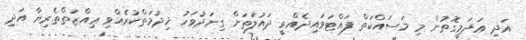
އަދި ޢަދަމީގޮތުން މި މަސައްކަތް ފައްޓަވައިދެއްވީ ދައުލަތަށް ގިނަދުވަހު ޚިދުމަތްކުރެއްވި ޢިއްޒަތްތެރިޔާ އަދި